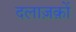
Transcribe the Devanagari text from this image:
दलाज़क़ों